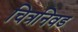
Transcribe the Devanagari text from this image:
चित्रनिवड